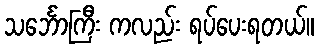
သင်္ဘောကြီး ကလည်း ရပ်ပေးရတယ်။